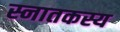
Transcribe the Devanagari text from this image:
स्नातकस्य